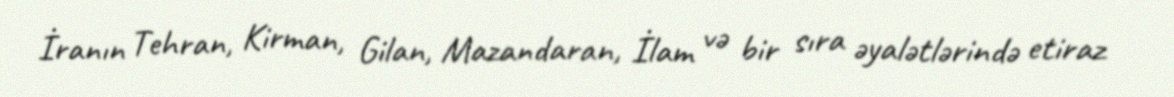
İranın Tehran, Kirman, Gilan, Mazandaran, İlam və bir sıra əyalətlərində etiraz